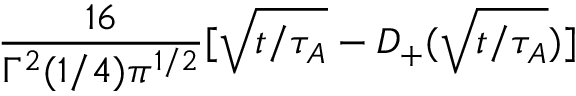
\frac { 1 6 } { \Gamma ^ { 2 } ( 1 / 4 ) { \pi } ^ { 1 / 2 } } [ \sqrt { t / \tau _ { A } } - D _ { + } ( \sqrt { t / \tau _ { A } } ) ]